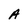
Character: A